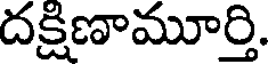
దక్షిణామూర్తి.